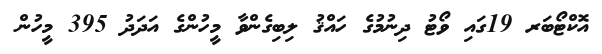
އޮކްޓޯބަރ 19ގައި ވޯޓު ދިނުމުގެ ހައްޤު ލިބިގެންވާ މީހުންގެ އަދަދު 395 މީހުން